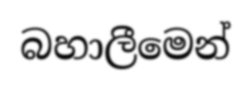
බහාලීමෙන්